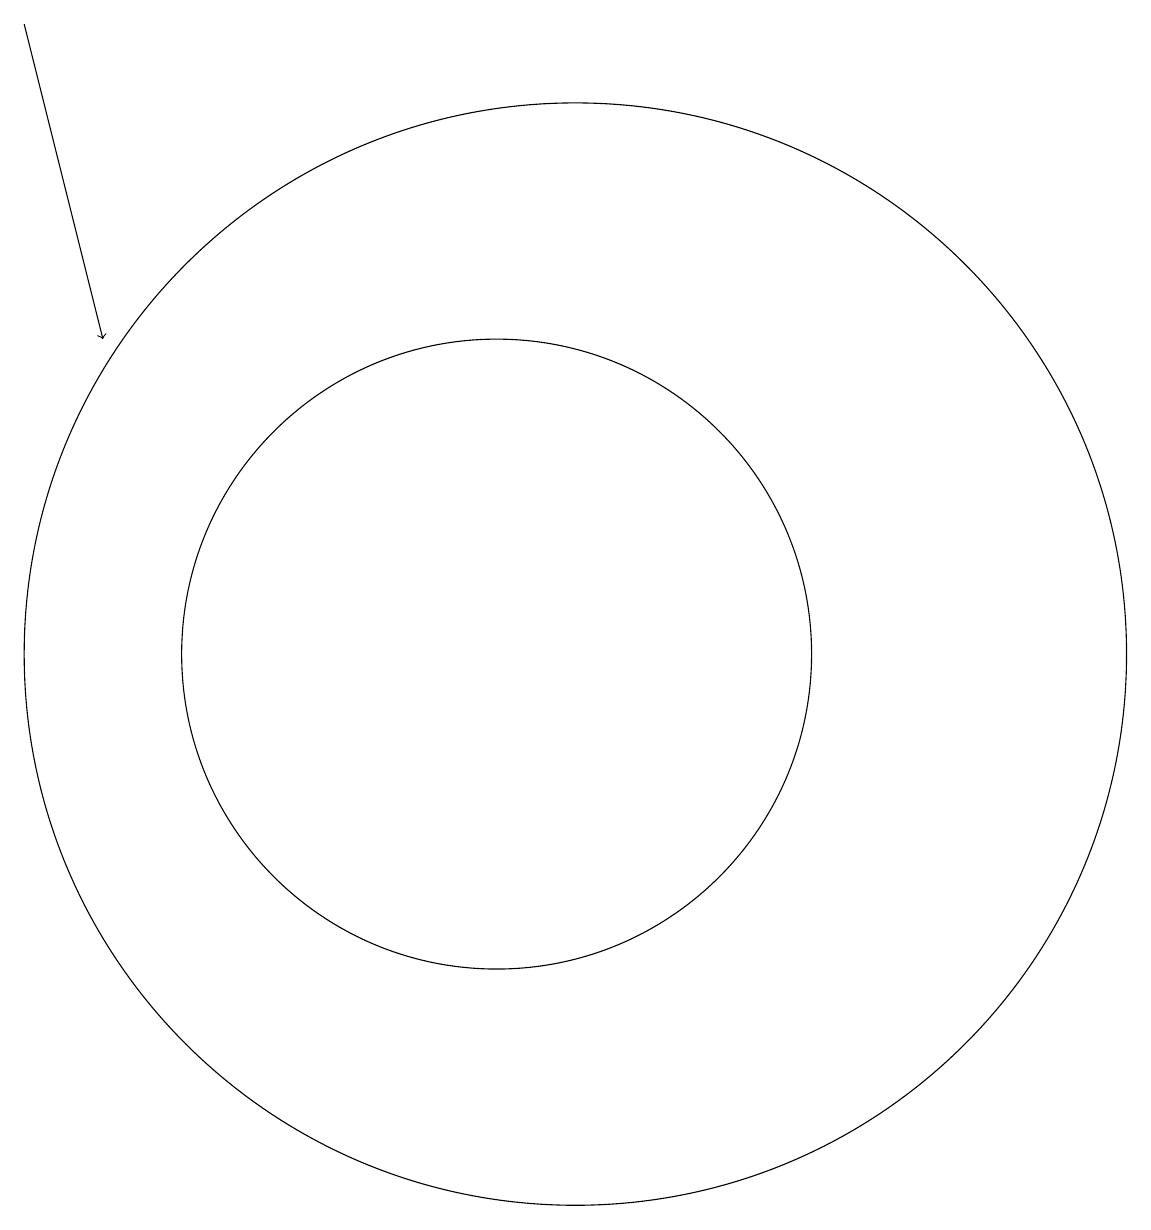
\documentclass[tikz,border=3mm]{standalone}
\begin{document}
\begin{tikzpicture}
\draw[->] (4,18) -- (5,14);
\draw (10,10) circle (4);
\draw (11,10) circle (7);
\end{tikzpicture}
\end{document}